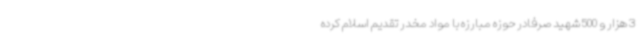
3 هزار و 500 شهید صرفادر حوزه مبارزه با مواد مخدر تقدیم اسلام کرده